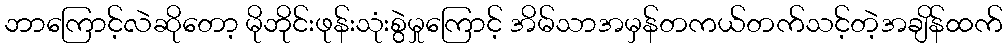
ဘာကြောင့်လဲဆိုတော့ မိုဘိုင်းဖုန်းသုံးစွဲမှုကြောင့် အိမ်သာအမှန်တကယ်တက်သင့်တဲ့အချိန်ထက်